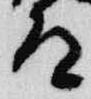
道